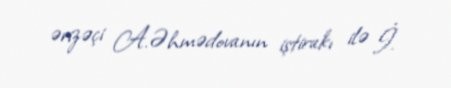
ərizəçi A.Əhmədovanın iştirakı ilə İ.